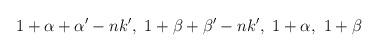
LaTeX: \begin{align*}1+\alpha+\alpha'-nk',~ 1+\beta+\beta'-nk',~ 1+\alpha,~ 1+\beta\end{align*}